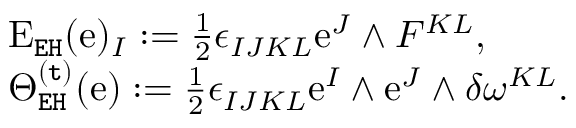
\begin{array} { r l } & { \mathrm { E } _ { \mathtt { E H } } ( \mathrm { e } ) _ { I } : = \frac { 1 } { 2 } \epsilon _ { I J K L } \mathrm { e } ^ { J } \wedge F ^ { K L } , } \\ & { \Theta _ { \mathtt { E H } } ^ { \mathtt { ( t ) } } ( \mathrm { e } ) : = \frac { 1 } { 2 } \epsilon _ { I J K L } \mathrm { e } ^ { I } \wedge \mathrm { e } ^ { J } \wedge \delta \omega ^ { K L } . } \end{array}